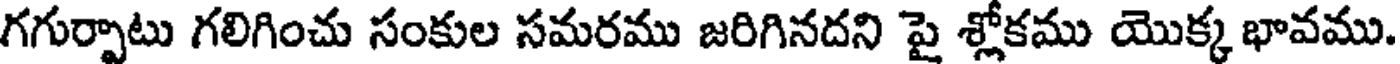
గగుర్పాటు గలిగించు సంకుల సమరము జరిగినదని పై శ్లోకము యొక్క భావము.